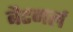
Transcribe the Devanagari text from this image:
बैटगर्ल